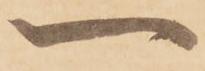
一